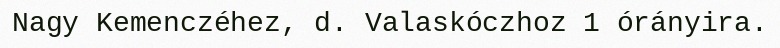
Nagy Kemenczéhez, d. Valaskóczhoz 1 órányira.